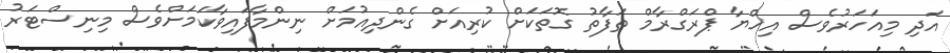
އަދި މިއަހަރުވެސް އިހްޔާ ޕްރަގްރާމް ތަފާތު ގޮތަކަށް ކުރިއަށް ގެންދިއުމަށް ނިންމާފައިވާކަމަށްވެސް މިނިސްޓަރު